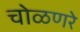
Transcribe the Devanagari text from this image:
चोळणरे